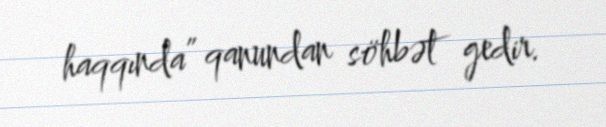
haqqında” qanundan söhbət gedir.